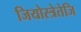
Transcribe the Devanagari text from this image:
जियोस्त्रेतेजि